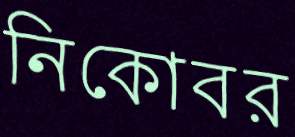
নিকোবর